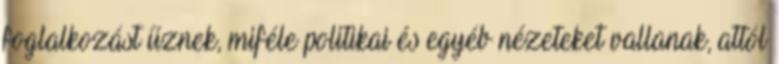
foglalkozást űznek, miféle politikai és egyéb nézeteket vallanak, attól